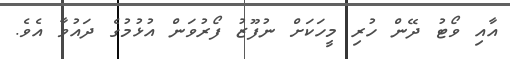
އާއި ވޯޓު ދޭން ހުރި މީހަކަށް ނުފޫޒު ފޯރުވަން އުޅުމުގެ ދައުވާ އެވެ.